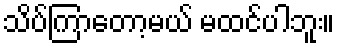
သိပ်ကြာတော့မယ် မထင်ပါဘူး။